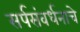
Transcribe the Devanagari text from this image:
सर्पसंवर्धनाचे